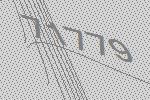
71779